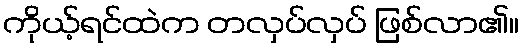
ကိုယ့်ရင်ထဲက တလှပ်လှပ် ဖြစ်လာ၏။